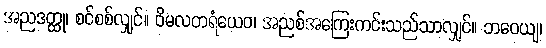
အညဒတ္ထု၊ စင်စစ်လျှင်။ ဝိမလတရံယေဝ၊ အညစ်အကြေးကင်းသည်သာလျှင်။ ဘဝေယျ၊